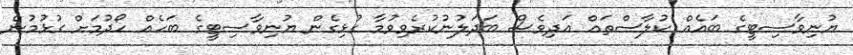
ޔުނިވާސިޓީގެ ބައެއް ކުލާސްތައް އަދިވެސް ބަދަލުނުކުރެވިވުމާ ގުޅިގެން ޔުނިވާސިޓީގެ ބަހެއް ހޯދުމަށް ގުޅުމުން